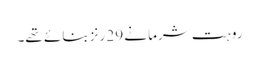
روہت شرما نے 29 رنز بنائے تھے۔